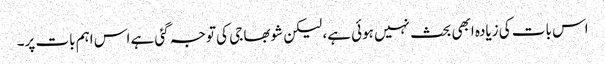
اس بات کی زیادہ ابھی بحث نہیں ہوئی ہے، لیکن شوبھا جی کی توجہ گئی ہے اس اہم بات پر۔